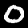
Digit: 0